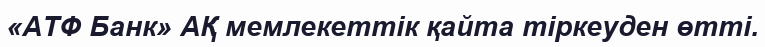
«АТФ Банк» АҚ мемлекеттік қайта тіркеуден өтті.